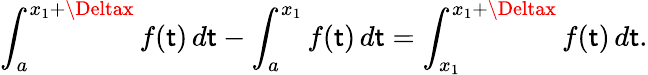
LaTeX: \int_{a}^{x_{1}+\Deltax}f(\mathsf{t})\, d\mathsf{t}-\int_{a}^{x_{1}}f(\mathsf{t})\, d\mathsf{t}=\int_{x_{1}}^{x_{1}+\Deltax}f(\mathsf{t})\, d\mathsf{t}.